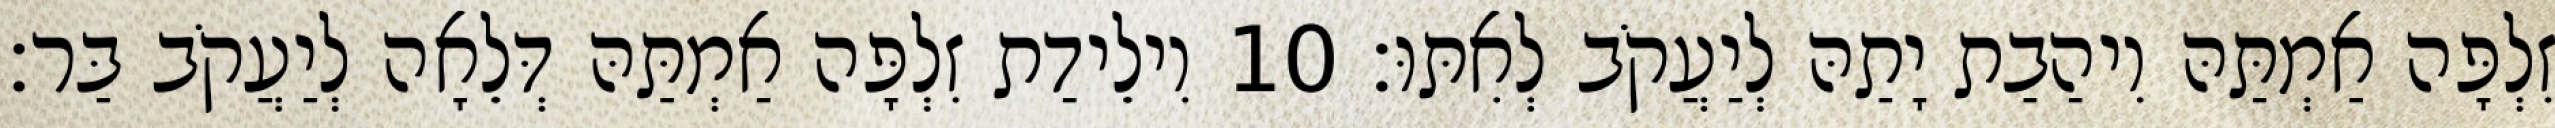
זִלְפָּה אַמְתַּהּ וִיהַבַת יָתַהּ לְיַעֲקֹב לְאִתּוּ׃ 10 וִילֵידַת זִלְפָּה אַמְתַּהּ דְּלֵאָה לְיַעֲקֹב בַּר׃